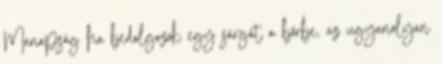
Manapság ha bedolgozok egy sárgát a bőrbe, az ugyanolyan